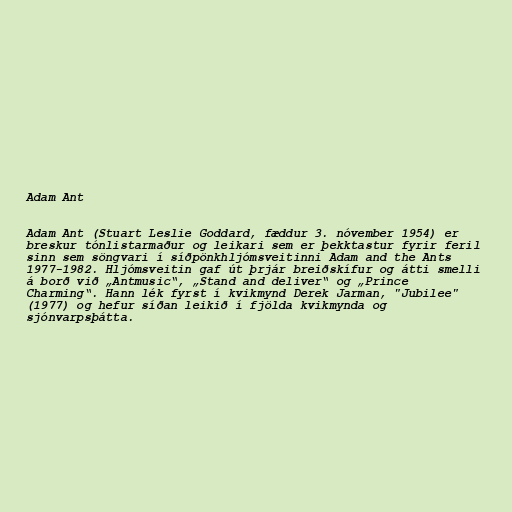
Adam Ant

Adam Ant (Stuart Leslie Goddard, fæddur 3. nóvember 1954) er
breskur tónlistarmaður og leikari sem er þekktastur fyrir feril
sinn sem söngvari í síðpönkhljómsveitinni Adam and the Ants
1977-1982. Hljómsveitin gaf út þrjár breiðskífur og átti smelli
á borð við „Antmusic“, „Stand and deliver“ og „Prince
Charming“. Hann lék fyrst í kvikmynd Derek Jarman, "Jubilee"
(1977) og hefur síðan leikið í fjölda kvikmynda og
sjónvarpsþátta.